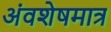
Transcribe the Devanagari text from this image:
अंवशेषमात्र